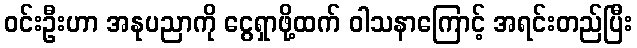
ဝင်းဦးဟာ အနုပညာကို ငွေရှာဖို့ထက် ဝါသနာကြောင့် အရင်းတည်ပြီး